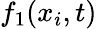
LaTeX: f_{1}(x_{i},t)